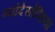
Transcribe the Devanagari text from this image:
म्योदेसोप्सिया